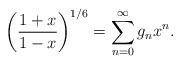
LaTeX: \begin{align*}\biggl( {1+ x \over 1-x}\biggr)^{1/6}= \sum_{n=0}^{\infty}g_n x^n.\end{align*}